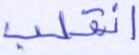
انقلب